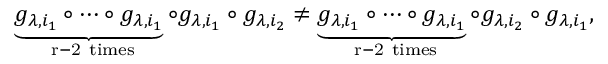
\underbrace { g _ { \lambda , i _ { 1 } } \circ \cdots \circ g _ { \lambda , i _ { 1 } } } _ { \mathrm { ~ r - 2 ~ t i m e s } } \circ g _ { \lambda , i _ { 1 } } \circ g _ { \lambda , i _ { 2 } } \neq \underbrace { g _ { \lambda , i _ { 1 } } \circ \cdots \circ g _ { \lambda , i _ { 1 } } } _ { \mathrm { ~ r - 2 ~ t i m e s } } \circ g _ { \lambda , i _ { 2 } } \circ g _ { \lambda , i _ { 1 } } ,